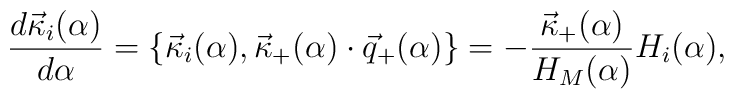
{{d{\vec \kappa}_i(\alpha )}\over {d\alpha}}= \{ {\vec \kappa}_i(\alpha ),{\vec \kappa}_{+}(\alpha )\cdot {\vec q}_{+}(\alpha ) \} =-{{{\vec \kappa}_{+}(\alpha )}\over {H_M(\alpha )}} H_i(\alpha ),